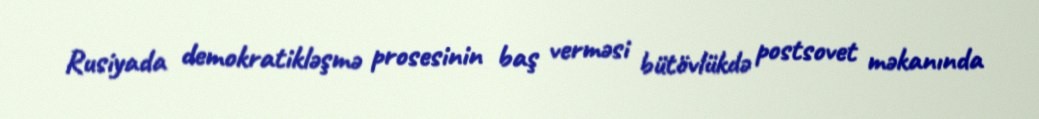
Rusiyada demokratikləşmə prosesinin baş verməsi bütövlükdə postsovet məkanında